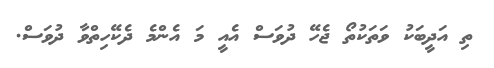
ތި އަދީބަކު ވަތަކުތޯ ޖެހޭ ދުވަސް އެއީ މަ އެންމެ ދެކޭހިތްވާ ދުވަސް.